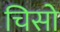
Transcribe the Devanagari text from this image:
चिसो